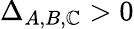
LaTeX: \Delta_{A,B,\mathbb{C}}>0